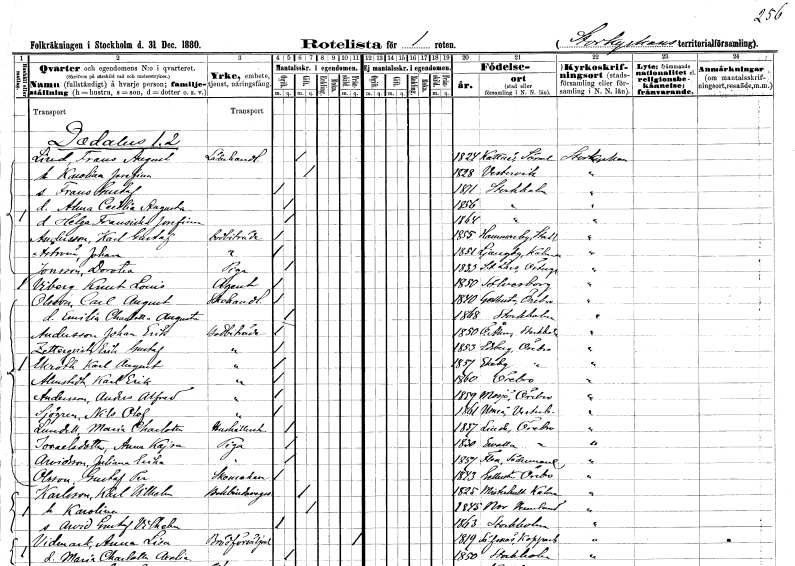
gt_parse: households: individuals: FN: Frans August
EN: Lind
YRKE: Läderhandlare
KON: M
CIV: G
FODAR: 1824
FODFORS: Kattnäs Södermanlands län
FN: Karolina Josefina
KON: K
CIV: G
FODAR: 1828
FODFORS: Västervik Kalmar län
FN: Frans Gustaf
KON: M
CIV: O
FODAR: 1871
FODFORS: Stockholm
FN: Alma Cecilia Augusta
KON: K
CIV: O
FODAR: 1856
FODFORS: Stockholm
FN: Helga Fransiska Josefina
KON: K
CIV: O
FODAR: 1864
FODFORS: Stockholm
FN: Karl Gustaf
EN: Andersson
YRKE: Bodbiträde
KON: M
CIV: O
FODAR: 1855
FODFORS: Hammarby Stockholms län
FN: Johan
EN: Åström
YRKE: Bodbiträde
KON: M
CIV: O
FODAR: 1851
FODFORS: Ljungby Kalmar län
FN: Dorotea
EN: Jonsson
YRKE: Piga
KON: K
CIV: O
FODAR: 1833
FODFORS: Sankt Lars Linköping Östergötlands län
FN: Knut Louis
EN: Viberg
YRKE: Agent
KON: M
CIV: O
FODAR: 1850
FODFORS: Sölvesborg Blekinge län
FN: Carl August
EN: Olsson
YRKE: Skohandlare
KON: M
CIV: O
FODAR: 1840
FODFORS: Gällersta Örebro län
FN: Emilia Charlotta Augusta
KON: K
CIV: O
FODAR: 1868
FODFORS: Stockholm
FN: Johan Erik
EN: Andersson
YRKE: Bodbiträde
KON: M
CIV: O
FODAR: 1850
FODFORS: Österåker Stockholms län
FN: Erik Gustaf
EN: Zetterqvist
YRKE: Bodbiträde
KON: M
CIV: O
FODAR: 1853
FODFORS: Edsberg Örebro län
FN: Karl August
EN: Ekroth
YRKE: Bodbiträde
KON: M
CIV: O
FODAR: 1857
FODFORS: Ekeby Örebro län
FN: Karl Erik
EN: Almstedt
YRKE: Bodbiträde
KON: M
CIV: O
FODAR: 1860
FODFORS: Örebro Örebro län
FN: Anders Alfred
EN: Andersson
YRKE: Bodbiträde
KON: M
CIV: O
FODAR: 1859
FODFORS: Mosjö Örebro län
FN: Nils Olof
EN: Sjögren
YRKE: Bodbiträde
KON: M
CIV: O
FODAR: 1861
FODFORS: Umeå Västerbottens län
FN: Maria Charlotta
EN: Lundell
YRKE: Hushållerska
KON: K
CIV: O
FODAR: 1837
FODFORS: Linde bergsförsamling Örebro län
FN: Anna Kajsa
EN: Israelsdotter
YRKE: Piga
KON: K
CIV: O
FODAR: 1830
FODFORS: Ervalla Örebro län
FN: Juliana Erika
EN: Arvidsson
YRKE: Piga
KON: K
CIV: O
FODAR: 1857
FODFORS: Flen Södermanlands län
FN: Gustaf Per
EN: Olsson
YRKE: Skomakare
KON: M
CIV: O
FODAR: 1843
FODFORS: Gällersta Örebro län
FN: Karl Vilhelm
EN: Karlsson
YRKE: Bokbindaregesäll
KON: M
CIV: G
FODAR: 1825
FODFORS: Misterhult Kalmar län
FN: Karolina
KON: K
CIV: G
FODAR: 1845
FODFORS: Nor Värmlands län
FN: Arvid Gustaf Vilhelm
KON: M
CIV: O
FODAR: 1863
FODFORS: Stockholm